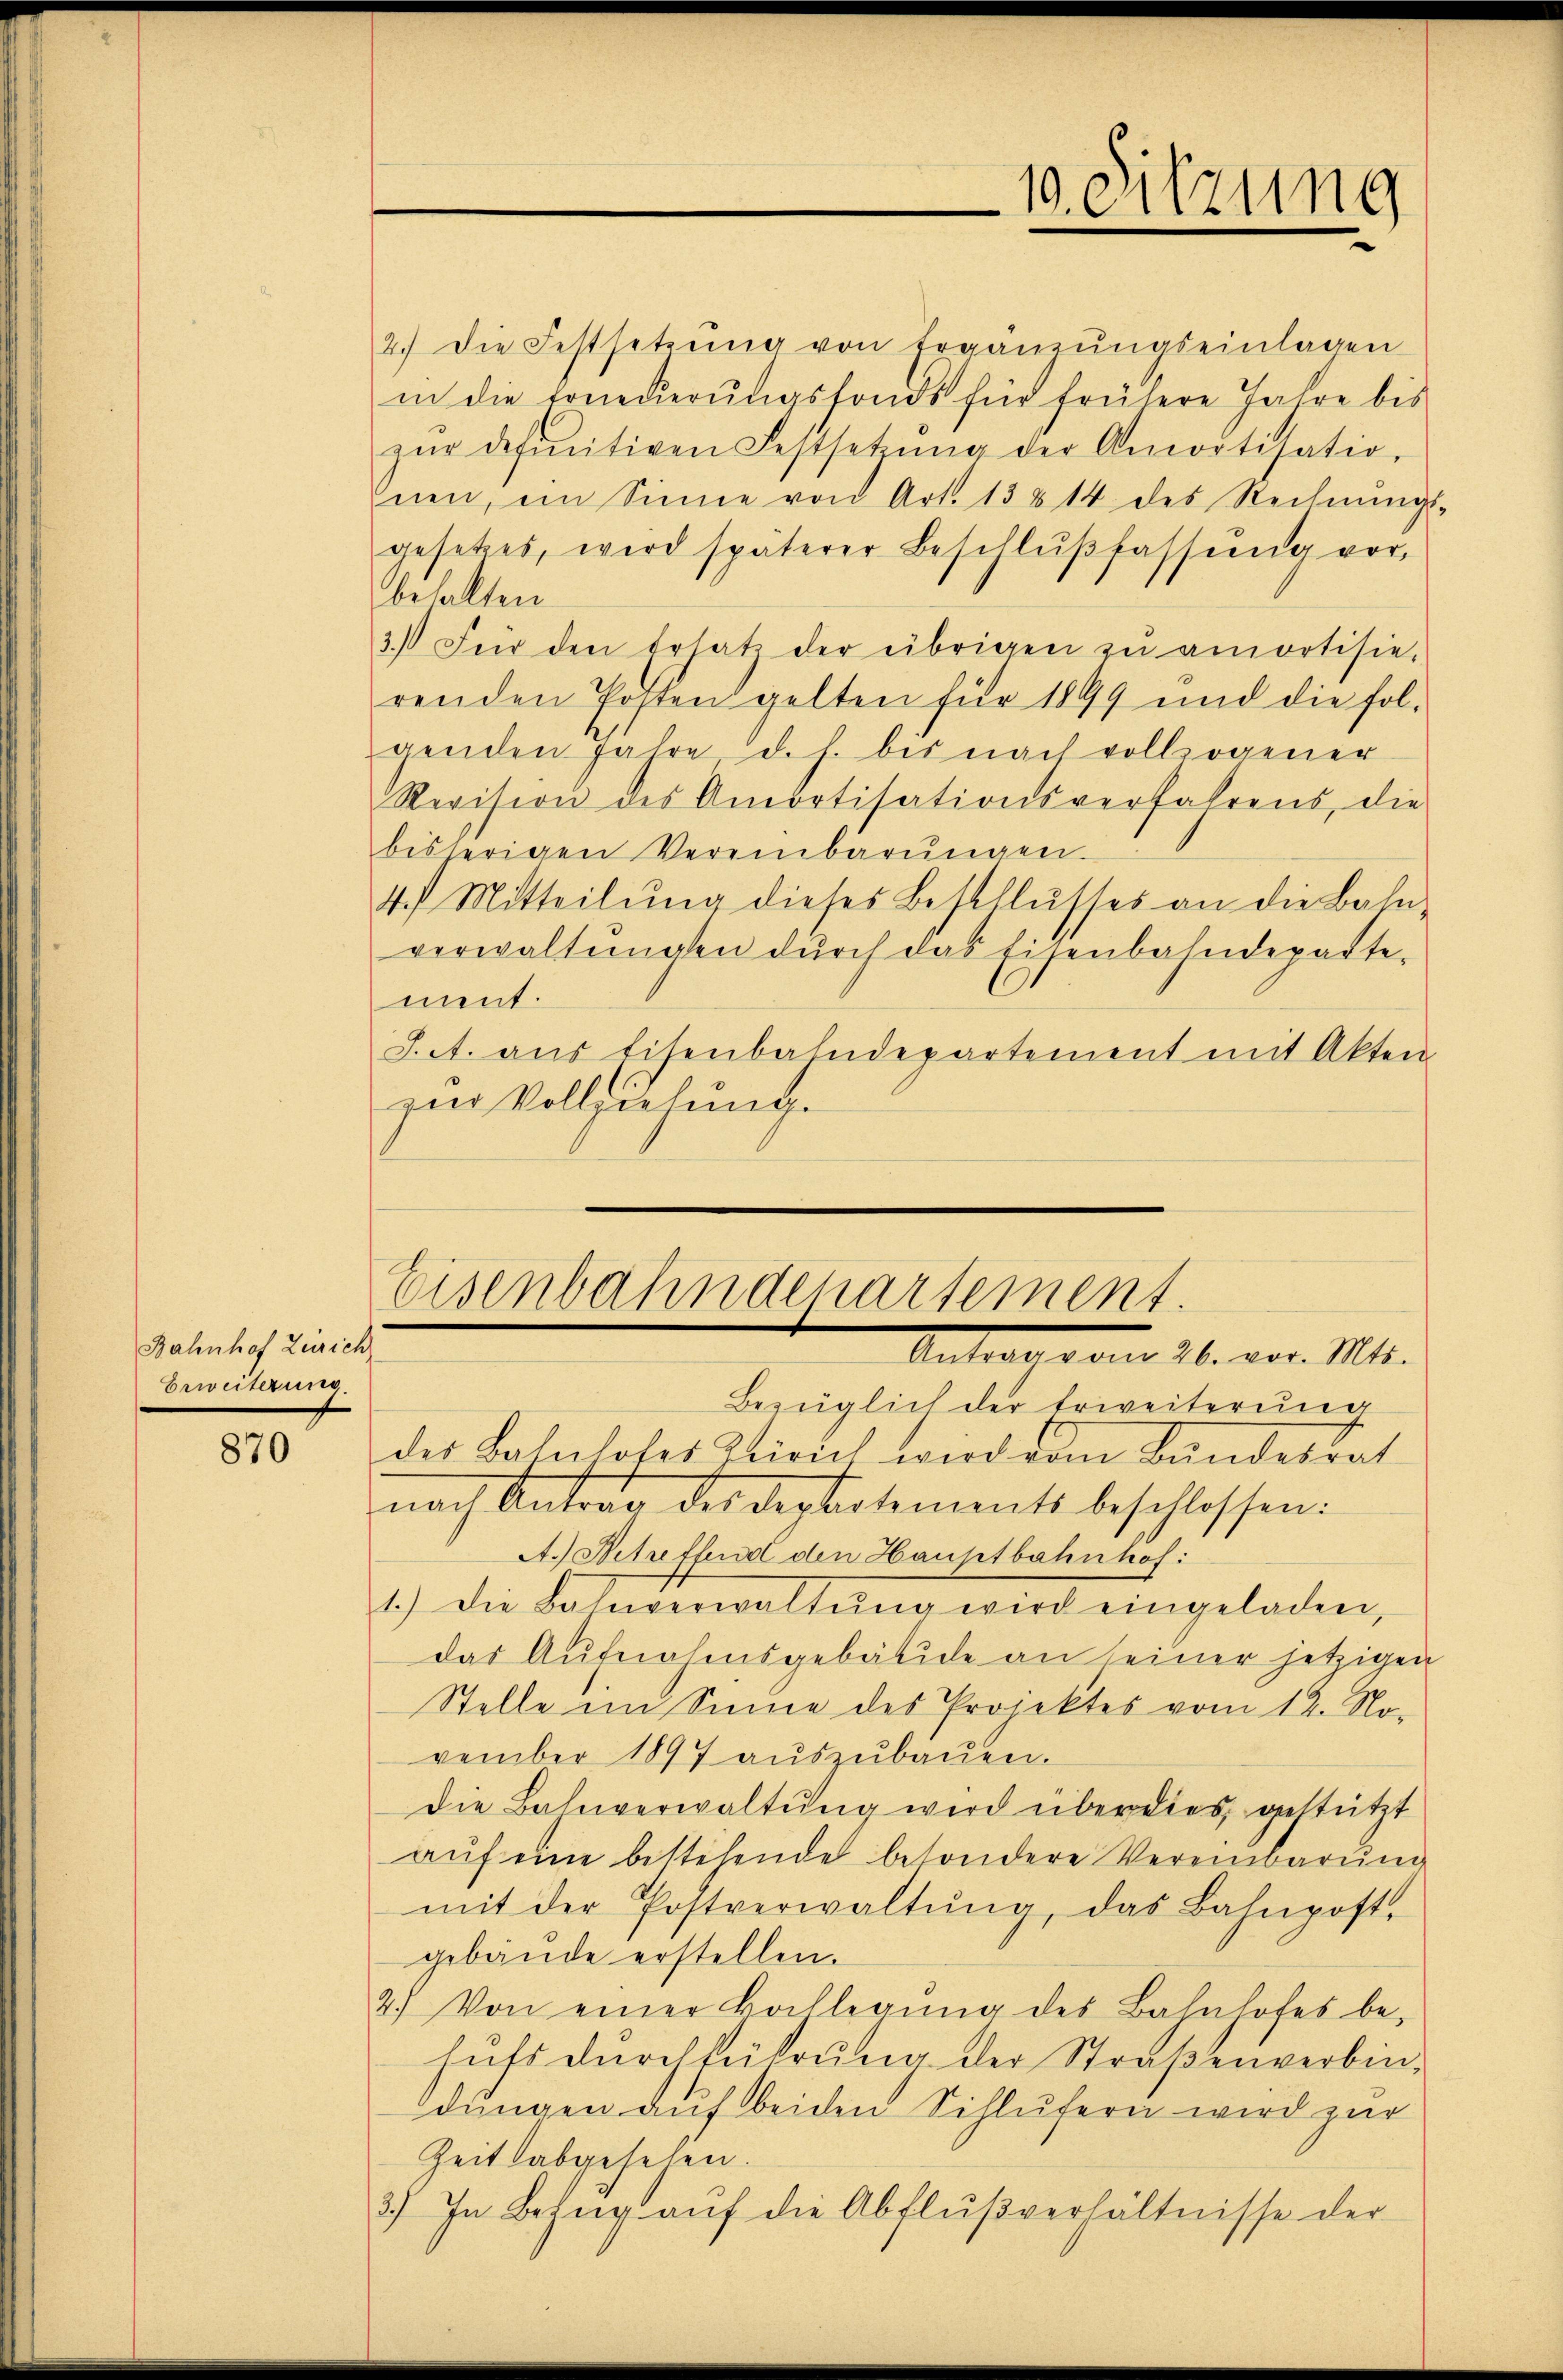
Bahnhof Zürich
Beweiterung.

870

2.) die Festsetzŭng von Ergänzŭngseinlagen
in die Erneŭerŭngsfonds für frühere Jahre bis
zŭr definitiven Festsetzŭng der Amortisatio-
nen, im Sinne von Art. 13814 des Rechnŭngs-
gesetzes, wird späterer Beschlŭβfassŭng vor,
behalten.
3.) Für den Ersatz der übrigen zu amortisie-
renden Posten gelten für 1899 und die fol-
genden Jahre d. h. bis nach vollzogener
Revision des Amortisationsverfahrens, die
bisherigen Vereinbarŭngen.
4.) Mitteilŭng dieses Beschlŭsses an die Bahn-
verwaltŭngen dŭrch das Eisenbahndeparte-
ment.
J.t. aus Eisenbahndepartement mit Akten
zur Vollziehung.

10. Sitzung

Eisenbahndepartement.
Antral von 26. vor. Mts.

Bezüglich der Erweiterung
des Bahnloses Zürich wird dem Bundesrat
nach Antrag des Departements beschlossen:
A.) Betreffend den Hauptbahnhof:
1.) Die Bahnverwaltŭng wird eingeladen,
das Aŭfnahmsgebäude an einer jetzigen
Stelle im Sinne des Projektes vom 12. No-
vember 1897 aŭszŭbaŭen.
Die Bahnverwaltung wird über dies gestützt
aŭf eine bestehende besondere Vereinbarŭng
mit der Postverwaltŭng, das Bahnpost.
gebäude erstellen.
2) Von einer Hochlegŭng des Bahnhofes be-
huts durchführung der Straßenverbindungen auf beiden Schlufern wird zur
Zeit abgesehen.
3.) In Bezŭg aŭf die Abflußverhältnisse der